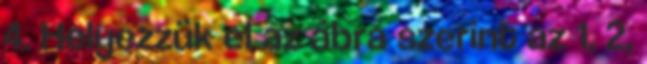
4. Helyezzük el az ábra szerint az 1, 2,